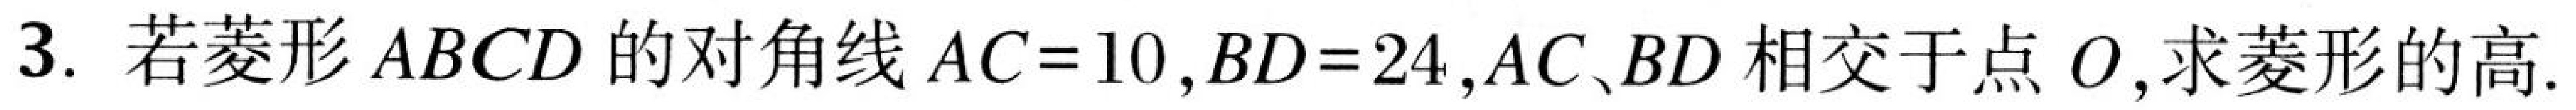
3. 若菱形 \(ABCD\) 的对角线 \(AC = 10\), \(BD = 24\), \(AC\)、\(BD\) 相交于点 \(O\),求菱形的高.